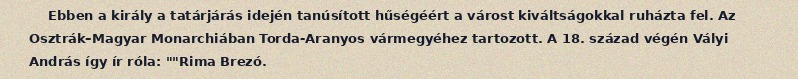
Ebben a király a tatárjárás idején tanúsított hűségéért a várost kiváltságokkal ruházta fel. Az Osztrák–Magyar Monarchiában Torda-Aranyos vármegyéhez tartozott. A 18. század végén Vályi András így ír róla: ""Rima Brezó.